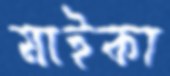
মাইকা